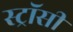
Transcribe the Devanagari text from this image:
स्ट्रॉसी